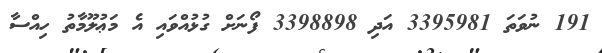
191 ނުވަތަ 3395981 އަދި 3398898 ފޯނަށް ގުޅުއްވައި އެ މަޢުލޫމާތު ހިއްސާ